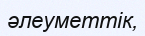
әлеуметтік,